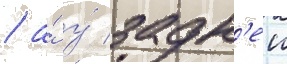
/ а́ у́ задн'еи